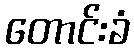
တောင်းခံ